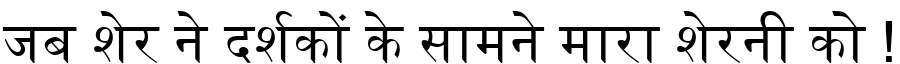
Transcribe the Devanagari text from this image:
जब शेर ने दर्शकों के सामने मारा शेरनी को !